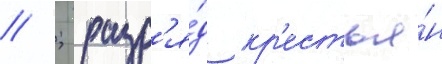
// ; разр'я́д кр'естья́н